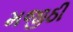
મજીઠી